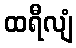
ထရီလျံ